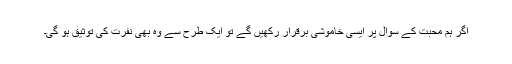
اگر ہم محبت کے سوال پر ایسی خاموشی برقرار رکھیں گے تو ایک طرح سے وہ بھی نفرت کی توثیق ہو گی۔